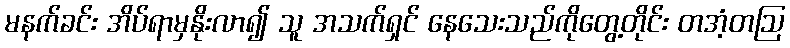
မနက်ခင်း အိပ်ရာမှနိုးလာ၍ သူ အသက်ရှင် နေသေးသည်ကိုတွေ့တိုင်း တအံ့တဩ